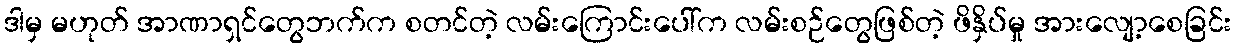
ဒါမှ မဟုတ် အာဏာရှင်တွေဘက်က စတင်တဲ့ လမ်းကြောင်းပေါ်က လမ်းစဉ်တွေဖြစ်တဲ့ ဖိနှိပ်မှု အားလျော့စေခြင်း